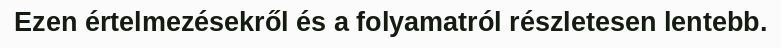
Ezen értelmezésekről és a folyamatról részletesen lentebb.